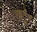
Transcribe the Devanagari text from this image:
खर्दुंग